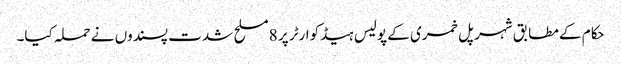
حکام کے مطابق شہر پل خمری کے پولیس ہیڈکوارٹر پر 8 مسلح شدت پسندوں نے حملہ کیا۔